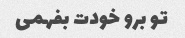
تو برو خودت بفهمی